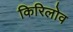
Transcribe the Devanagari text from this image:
किरिलोव